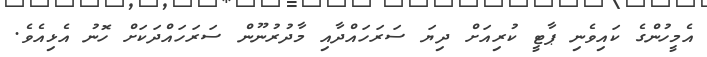
އެމީހުންގެ ކައިވެނި ޕާޓީ ކުރިއަށް ދިޔަ ސަރަހައްދާއި މާދުރުނޫން ސަރަހައްދަކަށް ހޮނު އެޅިއެވެ.